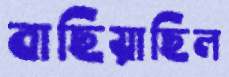
বাছিয়াছিল